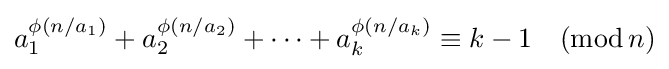
a_{1}^{\phi (n/a_{1})}+a_{2}^{\phi (n/a_{2})}+\cdots +a_{k}^{\phi (n/a_{k})}\equiv k-1\quad ({\text{mod}}\,n)